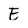
Character: E